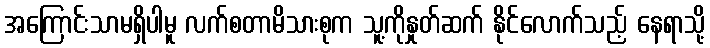
အကြောင်းသာမရှိပါမူ လက်စတာမိသားစုက သူ့ကိုနှုတ်ဆက် နိုင်လောက်သည့် နေရာသို့